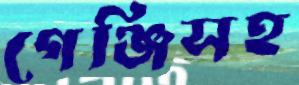
গেঞ্জিসহ